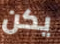
يكن